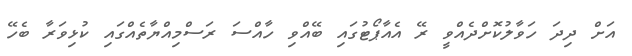
އަށް ދިދަ ހަވާލުކޮށްދެއްވީ ރޭ އެއާޕޯޓުގައި ބޭއްވި ހާއްސަ ރަސްމިއްޔާތެއްގައި ކުޅިވަރާ ބެހޭ